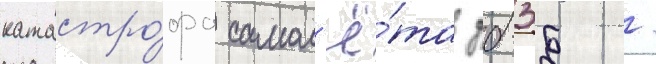
катастро́фа самол'ё́та дб-3б /